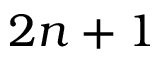
2 n + 1